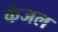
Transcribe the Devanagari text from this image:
कंजल